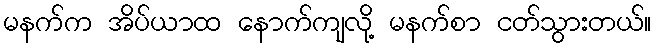
မနက်က အိပ်ယာထ နောက်ကျလို့ မနက်စာ ငတ်သွားတယ်။